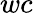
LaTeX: wc